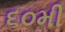
૬૦મી